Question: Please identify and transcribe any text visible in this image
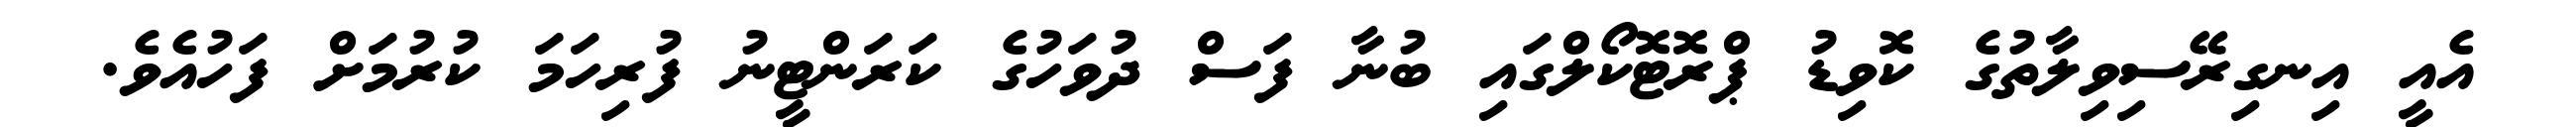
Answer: އެއީ އިނގިރޭސިވިލާތުގެ ކޮވިޑު ޕްރޮޓޮކޯލްގައި ބުނާ ފަސް ދުވަހުގެ ކަރަންޓީނު ފުރިހަމަ ކުރުމަށް ފަހުއެވެ.